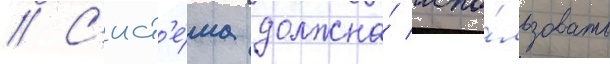
// С'ист'е́ма должна́ испо́льзовать